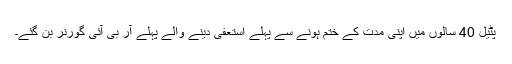
پٹیل 40 سالوں میں اپنی مدت کے ختم ہونے سے پہلے استعفیٰ دینے والے پہلے آر بی آئی گورنر بن گئے۔